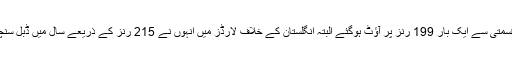
پھر ویسٹ انڈیز کے دورے پر وہ بدقسمتی سے ایک بار 199 رنز پر آؤٹ ہوگئے البتہ انگلستان کے خلاف لارڈز میں انہوں نے 215 رنز کے ذریعے سال میں ڈبل سنچری بنانے کا خواب ضرور پورا کیا۔